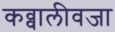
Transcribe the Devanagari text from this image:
कव्वालीवजा